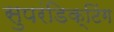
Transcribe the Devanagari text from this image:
सुपरंडिक्टिंग